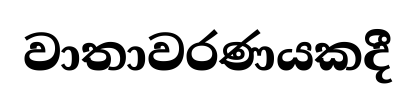
වාතාවරණයකදී